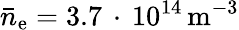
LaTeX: \bar{n}_{\mathrm{e}}=3.7\, \cdot\, 10^{14}\, \mathrm{{m}^{-3}}